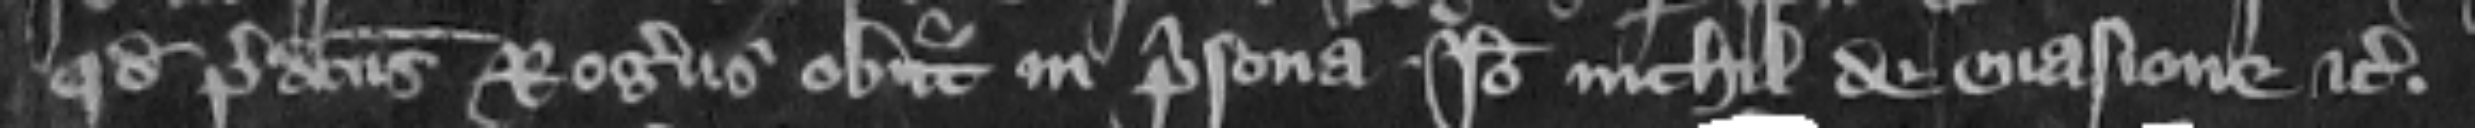
quod predictus Rogerus obiit in prisona. Ideo nichil de euasione etc.